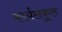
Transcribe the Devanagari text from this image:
कार्यसंकुल